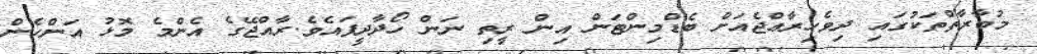
މުބާރާތްތަކުގައި ދިވެހިރާޢްޖެއަށް ބެޑްމިންޓަން އިން ރީތި ނަން ހޯދާދީފައެވެ.ރާއްޖޭގެ އެންމެ މޮޅު އަންހެން